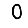
Digit: 0